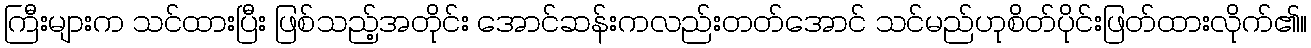
ကြီးများက သင်ထားပြီး ဖြစ်သည့်အတိုင်း အောင်ဆန်းကလည်းတတ်အောင် သင်မည်ဟုစိတ်ပိုင်းဖြတ်ထားလိုက်၏။